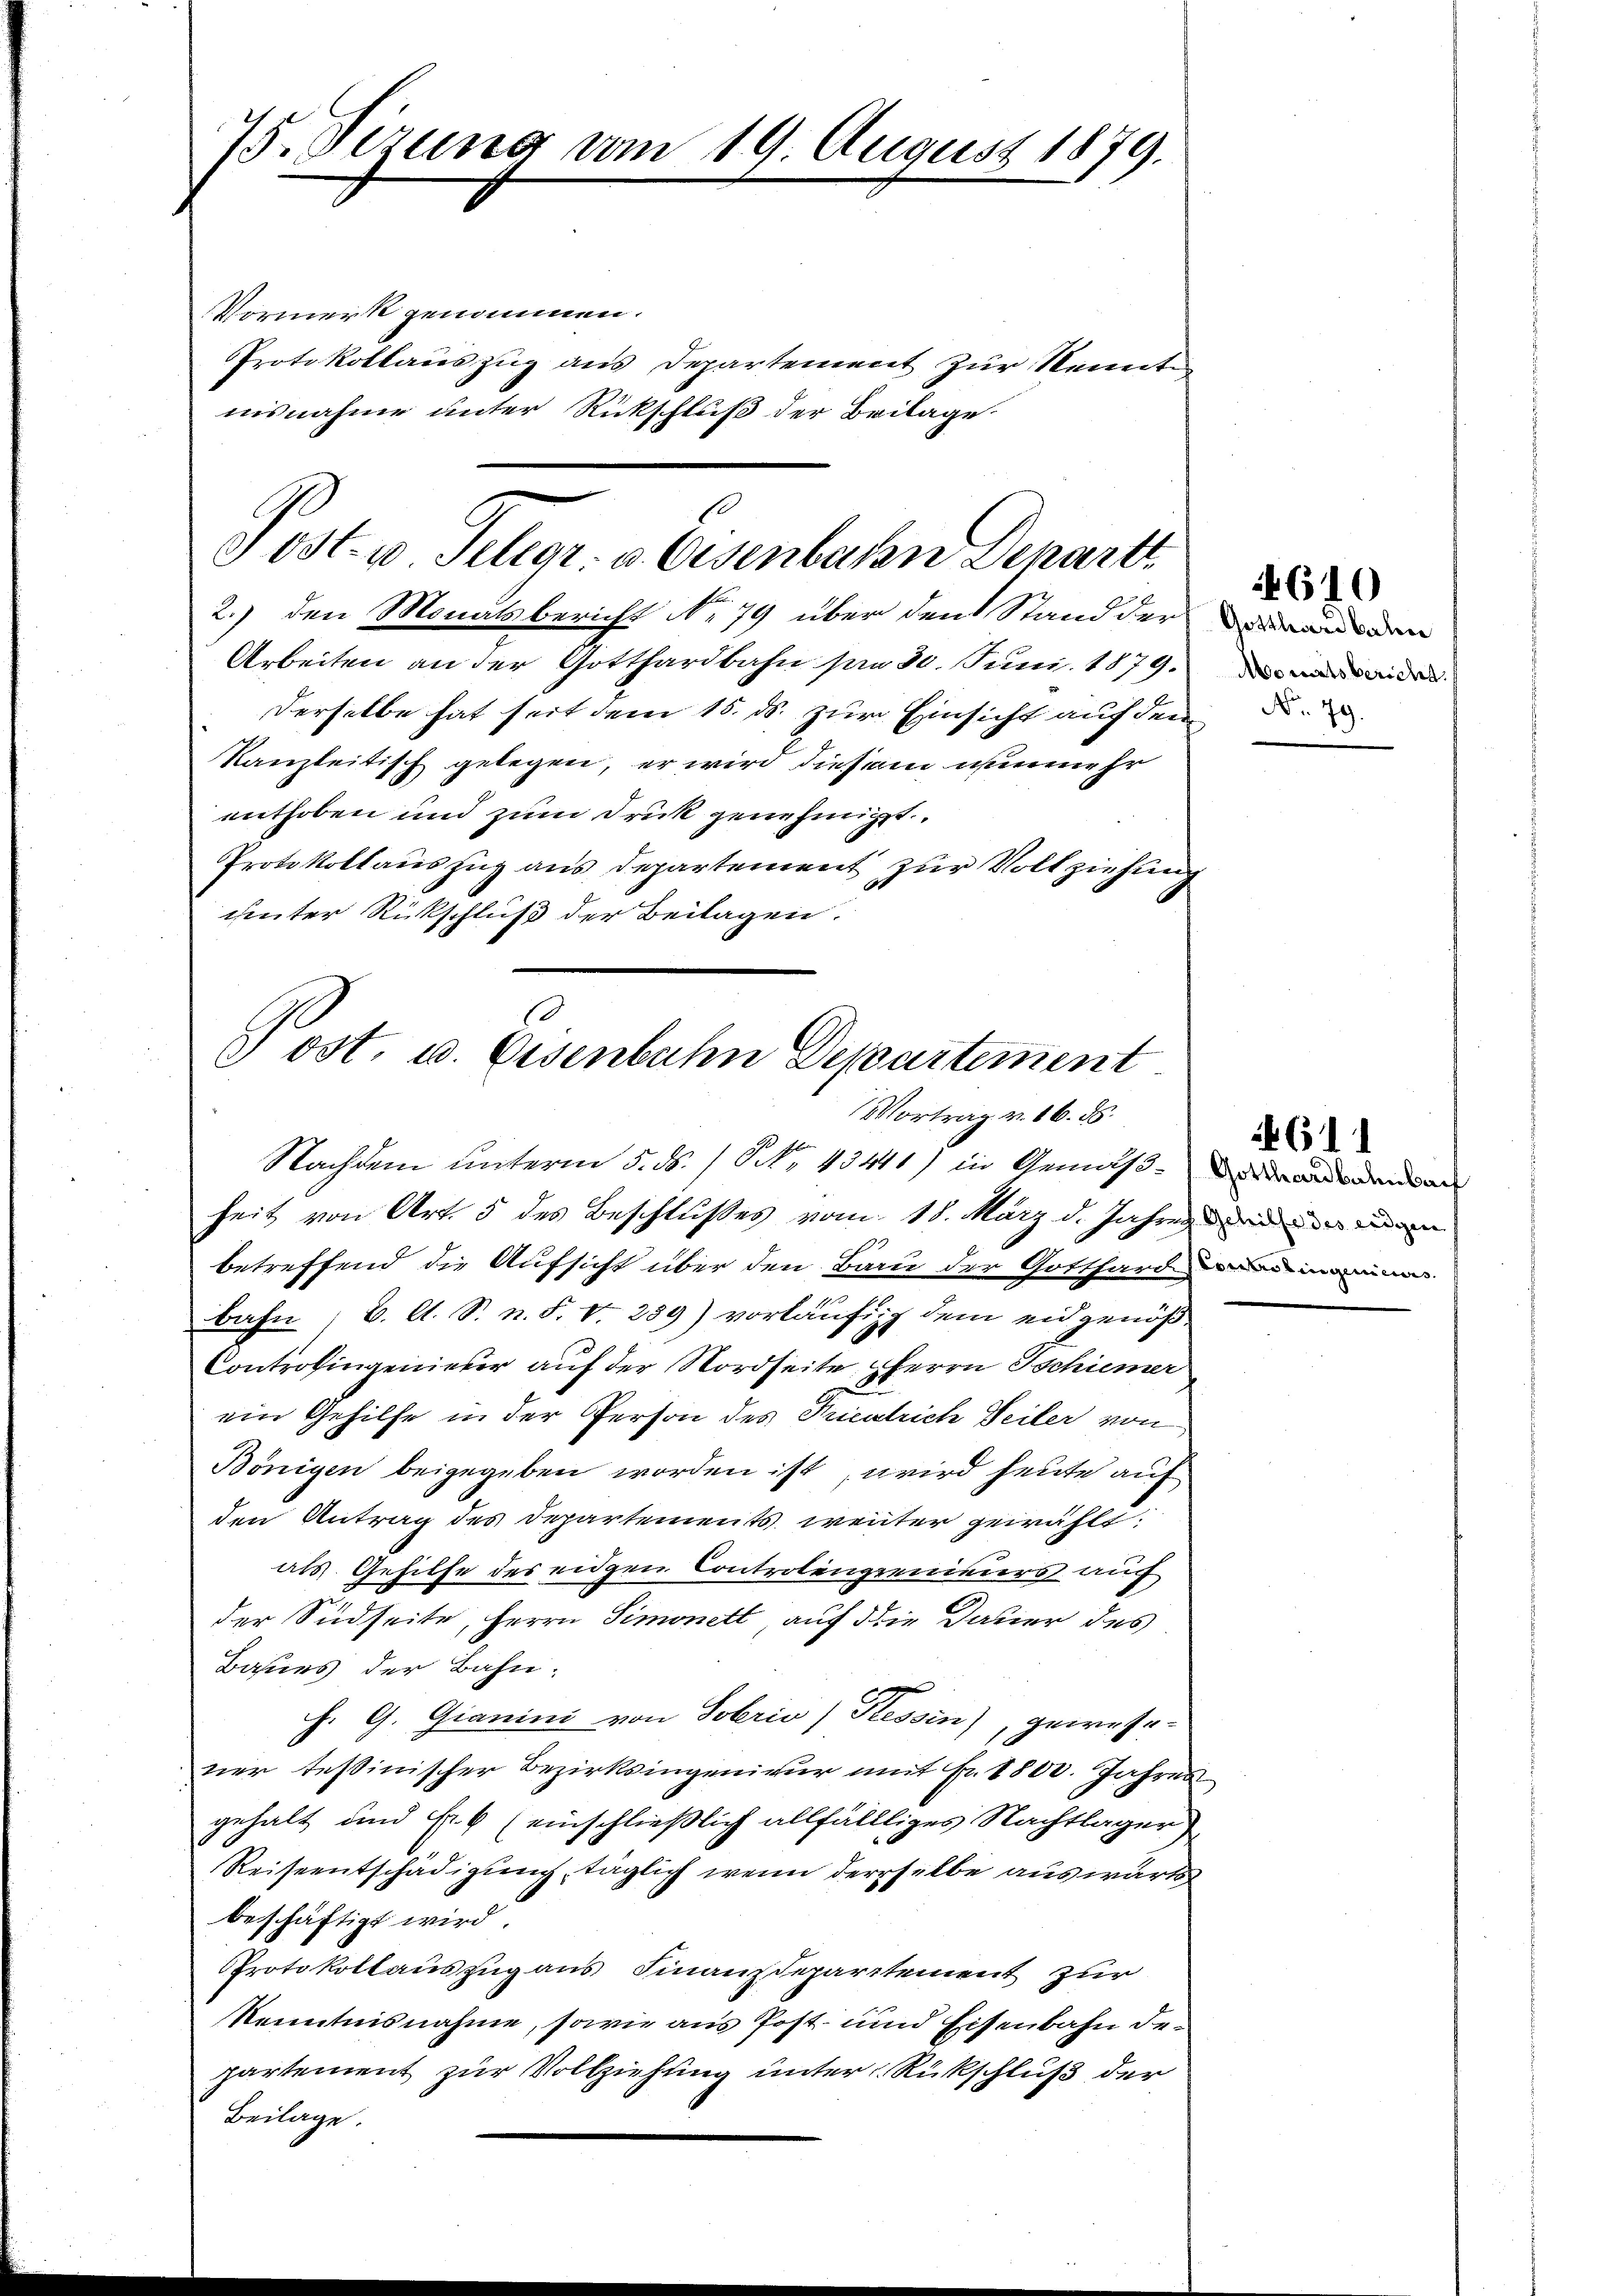
75. Dezung vom 19. August 1879.

Vormerk genommen.
Protokollauszug aus Departement zur Kennt
nisnahme unter Rückschluß der Beilage
2.) den Monatsbericht No 79 über den Stand der
Arbeiten an der Gotthardbahn par 30. Juni 1879.
Derselbe hat seit dem 15. ds. zur Einsicht auf dem
kanzleitisch gelegen, er wird diesem nunmehr
enthoben und zum Druck genehmigt.
Protokollauszug aus Departement zur Vollziehung
chinter Rückschluß der Beilagen.

Post u. Telegr. a. Eisenbahn Denarti

(
3 ost. u. Eisenbahn Departement
Vortrag v. 16. ds.

Nachdem unterm 5. ds. / NNo. 43441) in Gemäß denen
heit von Art. 5 des Beschlußes vom 18. März d. Jahren und ande
betreffend die Aufsicht über den Bau der Gotthard und manine
bahn, 6. A. S. n. F. v. 259) vorläufig dem eidgenöß
Controlingenieber auf der Nordseite HHerrn Tschiener
ein Gehilfe in der Person des Priestrich Seiler von
Bönigen beigegeben worden ist, wird heute auf
den Antrag des Departements weiter gewählt:
als Gehilfe des eidgen Controlengenieurs auf
der Südseite, Herrn Simonett auf die Dauer des
Bahnes der Bahn.
h. G. Gianini von Sokrio) Tessin), gewesener tessinischer Bezirksingenieur mit Fr. 1800. Jahres
gehalt und Fr. 6 (einschließlich allfällliges Nachtlager
Reiseentschädigung, täglich wenn derselbe auswärts
beschäftigt wird.
PProtokollauszug aus Finanzdepartement zur
Kenntnisnahme, sowie aus Post- und Eisenbahn departement zur Vollziehung unter Rückschluß der
Beilage.

Gotthardbahn
Abonatsbericht.
No. 79.

4610

G11